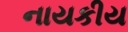
નાયકીય